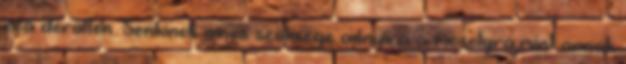
reá derülten. Senkinek nincs szüksége annyira a mosolyra,mint annak